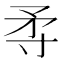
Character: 𡬢